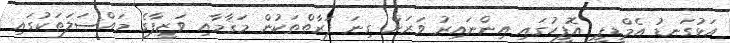
އަޅުގަނޑު އެމްޑީޕީ އޮފީހުގައި އިންނައިރު ވަރަށް ގިނަ ފަރާތްތަކުން މަޤާމާއި ވަޒީފާގެ މައްސަލަތަކުގައި